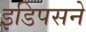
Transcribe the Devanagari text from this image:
इडिपसने